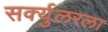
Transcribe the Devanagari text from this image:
सर्क्युलरला